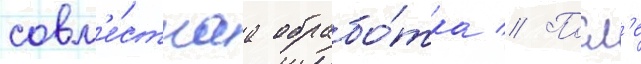
совм'е́стнаа обрабо́тка // Посл'е